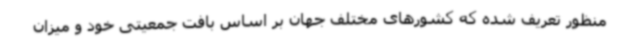
منظور تعریف شده که کشورهای مختلف جهان بر اساس بافت جمعیتی خود و میزان